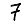
Digit: 7